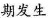
期发生